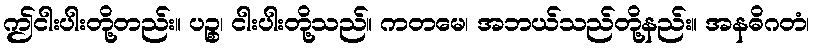
ဤငါးပါးတို့တည်း။ ပဉ္စ၊ ငါးပါးတို့သည်။ ကတမေ၊ အဘယ်သည်တို့နည်း။ အနဓိဂတံ၊